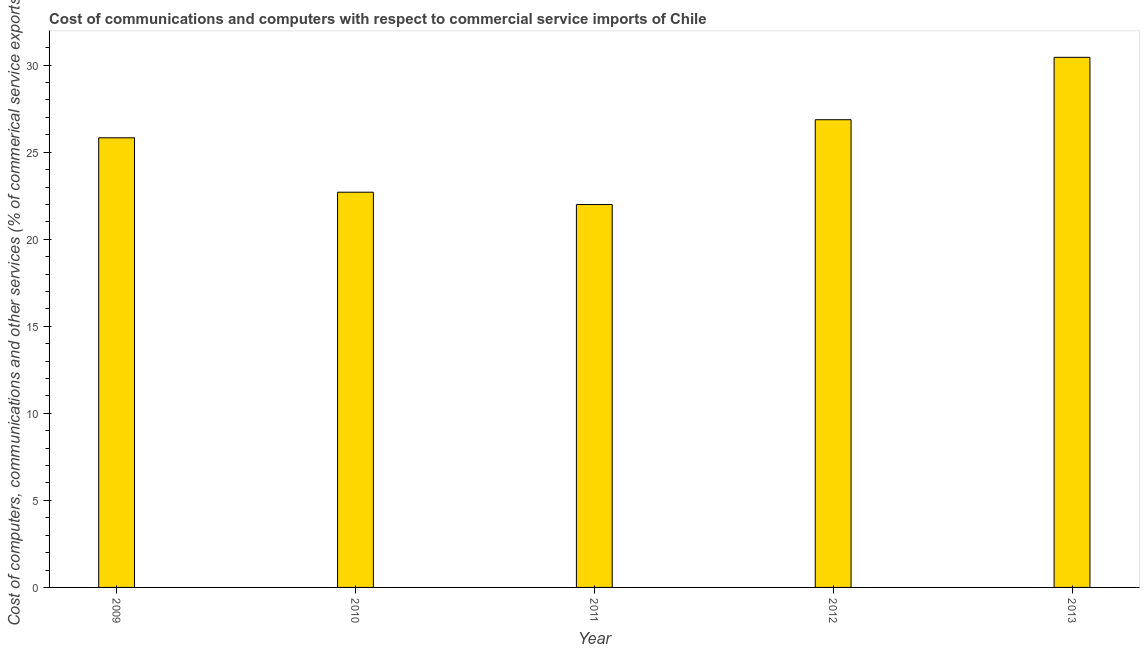
| Year | Computer |
 | --- | --- |
 | 2009 | 25.8 |
 | 2010 | 22.7 |
 | 2011 | 22 |
 | 2012 | 26.9 |
 | 2013 | 30.4 |